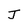
Character: J